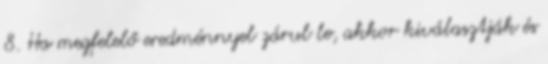
8. Ha megfelelő eredménnyel zárul le, akkor kiválasztják és